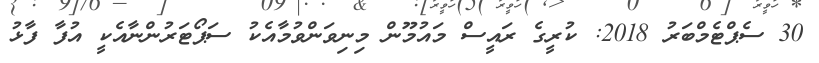
30 ސެޕްޓެމްބަރު 2018: ކުރީގެ ރައީސް މައުމޫން މިނިވަންވުމާއެކު ސަޕޯޓަރުންނާއެކީ އުފާ ފާޅު